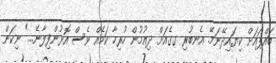
ބައްޕައަށް ކިޔައިދޭނަމޭ. އެނބުރި ގގެއަށް ދިއުމުން ހުރިހާ ކަމެއް ވެސް އޮޅުންފިލާނެ..." ނިކަން